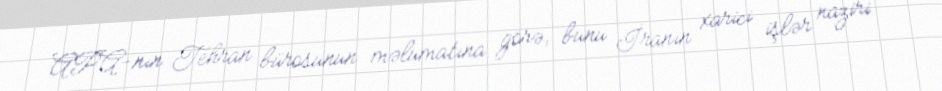
APA-nın Tehran bürosunun məlumatına görə, bunu İranın xarici işlər naziri